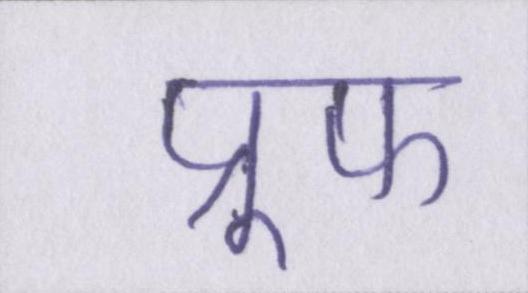
प्रूफ